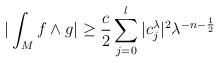
LaTeX: \begin{align*} \vert\int_M f\wedge g\vert \geq \frac{c}{2}\sum_{j=0}^l\vert c_j^\lambda\vert^2 \lambda^{-n-\frac{1}{2}}\end{align*}